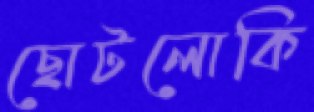
ছোটলোকি